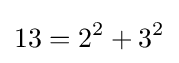
13=2^{2}+3^{2}